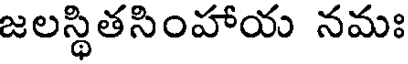
జలస్థితసింహాయ నమః